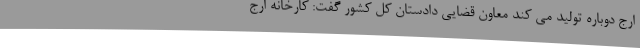
ارج دوباره تولید می کند معاون قضایی دادستان کل کشور گفت: کارخانه ارج